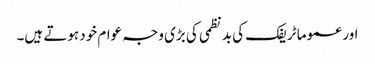
اور عموما ٹریفک کی بد نظمی کی بڑی وجہ عوام خود ہوتے ہیں۔